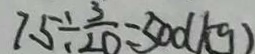
7 5 \div \frac { 3 } { 2 0 } = 5 0 0 ( k g )